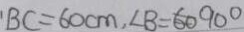
B C = 6 0 c m , \angle B = 6 0 ^ { \circ }